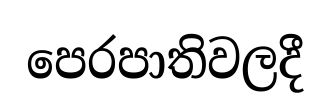
පෙරපාතිවලදී